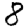
Digit: 8